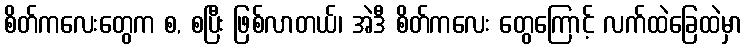
စိတ်ကလေးတွေက စ, စပြီး ဖြစ်လာတယ်၊ အဲဒီ စိတ်ကလေး တွေကြောင့် လက်ထဲခြေထဲမှာ